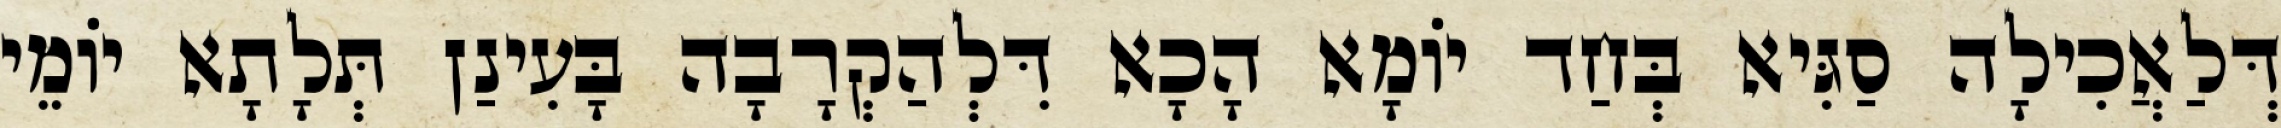
דְּלַאֲכִילָה סַגִּיא בְּחַד יוֹמָא הָכָא דִּלְהַקְרָבָה בָּעִינַן תְּלָתָא יוֹמֵי